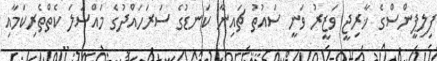
ފިލިޕީންސްގެ ޚާރިޖީ ވަޒީރު ވަނީ ސައުތު ޗައިނާ ކަނޑުގެ ސަރަހައްދުގެ މައްސަލަ ކެތްތެރިކަމާއި